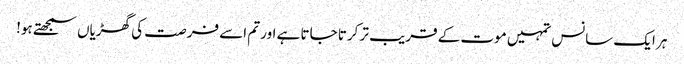
ہر ایک سانس تمہیں موت کے قریب تر کرتا جاتا ہے اور تم اسے فرصت کی گھڑیاں سمجھتے ہو!